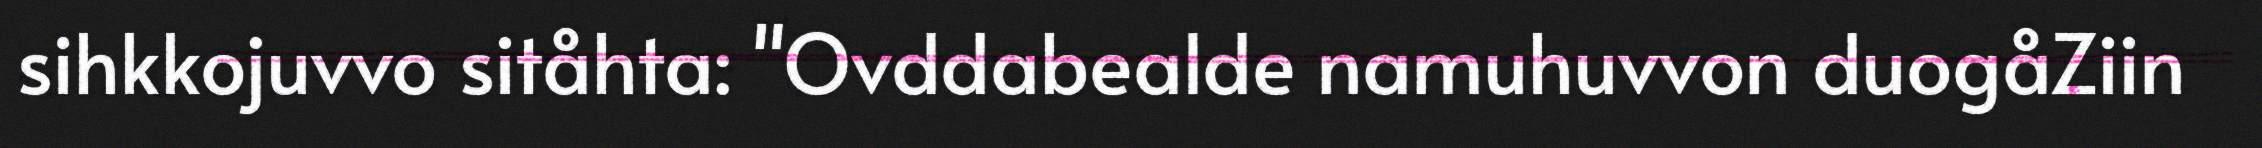
sihkkojuvvo sitåhta: "Ovddabealde namuhuvvon duogåZiin